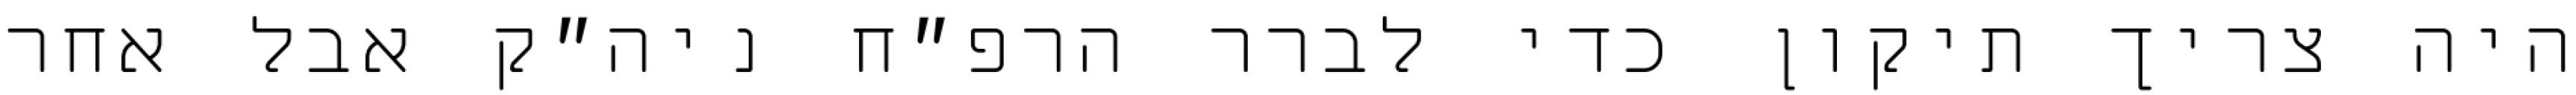
היה צריך תיקון כדי לברר הרפ״ח ניה״ק אבל אחר